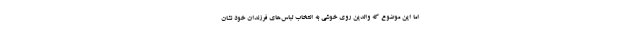
اما این موضوع که والدین روی خوشی به انتخاب‌ لباس‌های فرزندان خود نشان